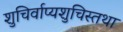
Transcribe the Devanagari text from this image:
शुचिर्वाप्यशुचिस्तथा